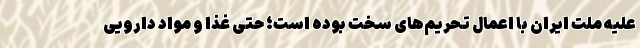
علیه ملت ایران با اعمال تحریم‌های سخت بوده است؛ حتی غذا و مواد دارویی